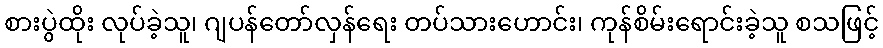
စားပွဲထိုး လုပ်ခဲ့သူ၊ ဂျပန်တော်လှန်ရေး တပ်သားဟောင်း၊ ကုန်စိမ်းရောင်းခဲ့သူ စသဖြင့်